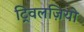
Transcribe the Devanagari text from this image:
ट्रिवलज़ियो